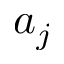
a _ { j }